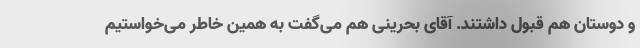
و دوستان هم قبول داشتند. آقای بحرینی هم می‌گفت به همین خاطر می‌خواستیم